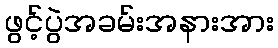
ဖွင့်ပွဲအခမ်းအနားအား